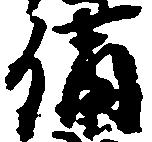
備